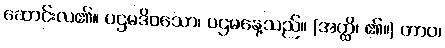
ဆောင်းလ၏။ ပဌမဒိဝသော၊ ပဌမနေ့သည်။ (အတ္ထိ၊ ၏။) တာဝ၊